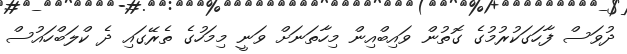
ދުވަސް ފާހަގަކުރުމުގެ ގޮތުން ވައިބްއިން މިހާތަނަށް ވަނީ މިމަހުގެ ތެރޭގައި ދެ ކްލަބްހައުސް